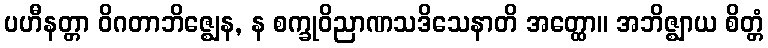
ပဟီနတ္တာ ဝိဂတာဘိဇ္ဈေန, န စက္ခုဝိညာဏသဒိသေနာတိ အတ္ထော။ အဘိဇ္ဈာယ စိတ္တံ